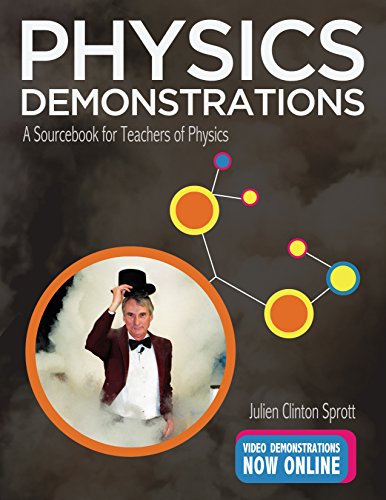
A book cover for Physics Demonstrations: A Sourcebook for Teachers of Physics; Julien Clinton Sprott; Science & Math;